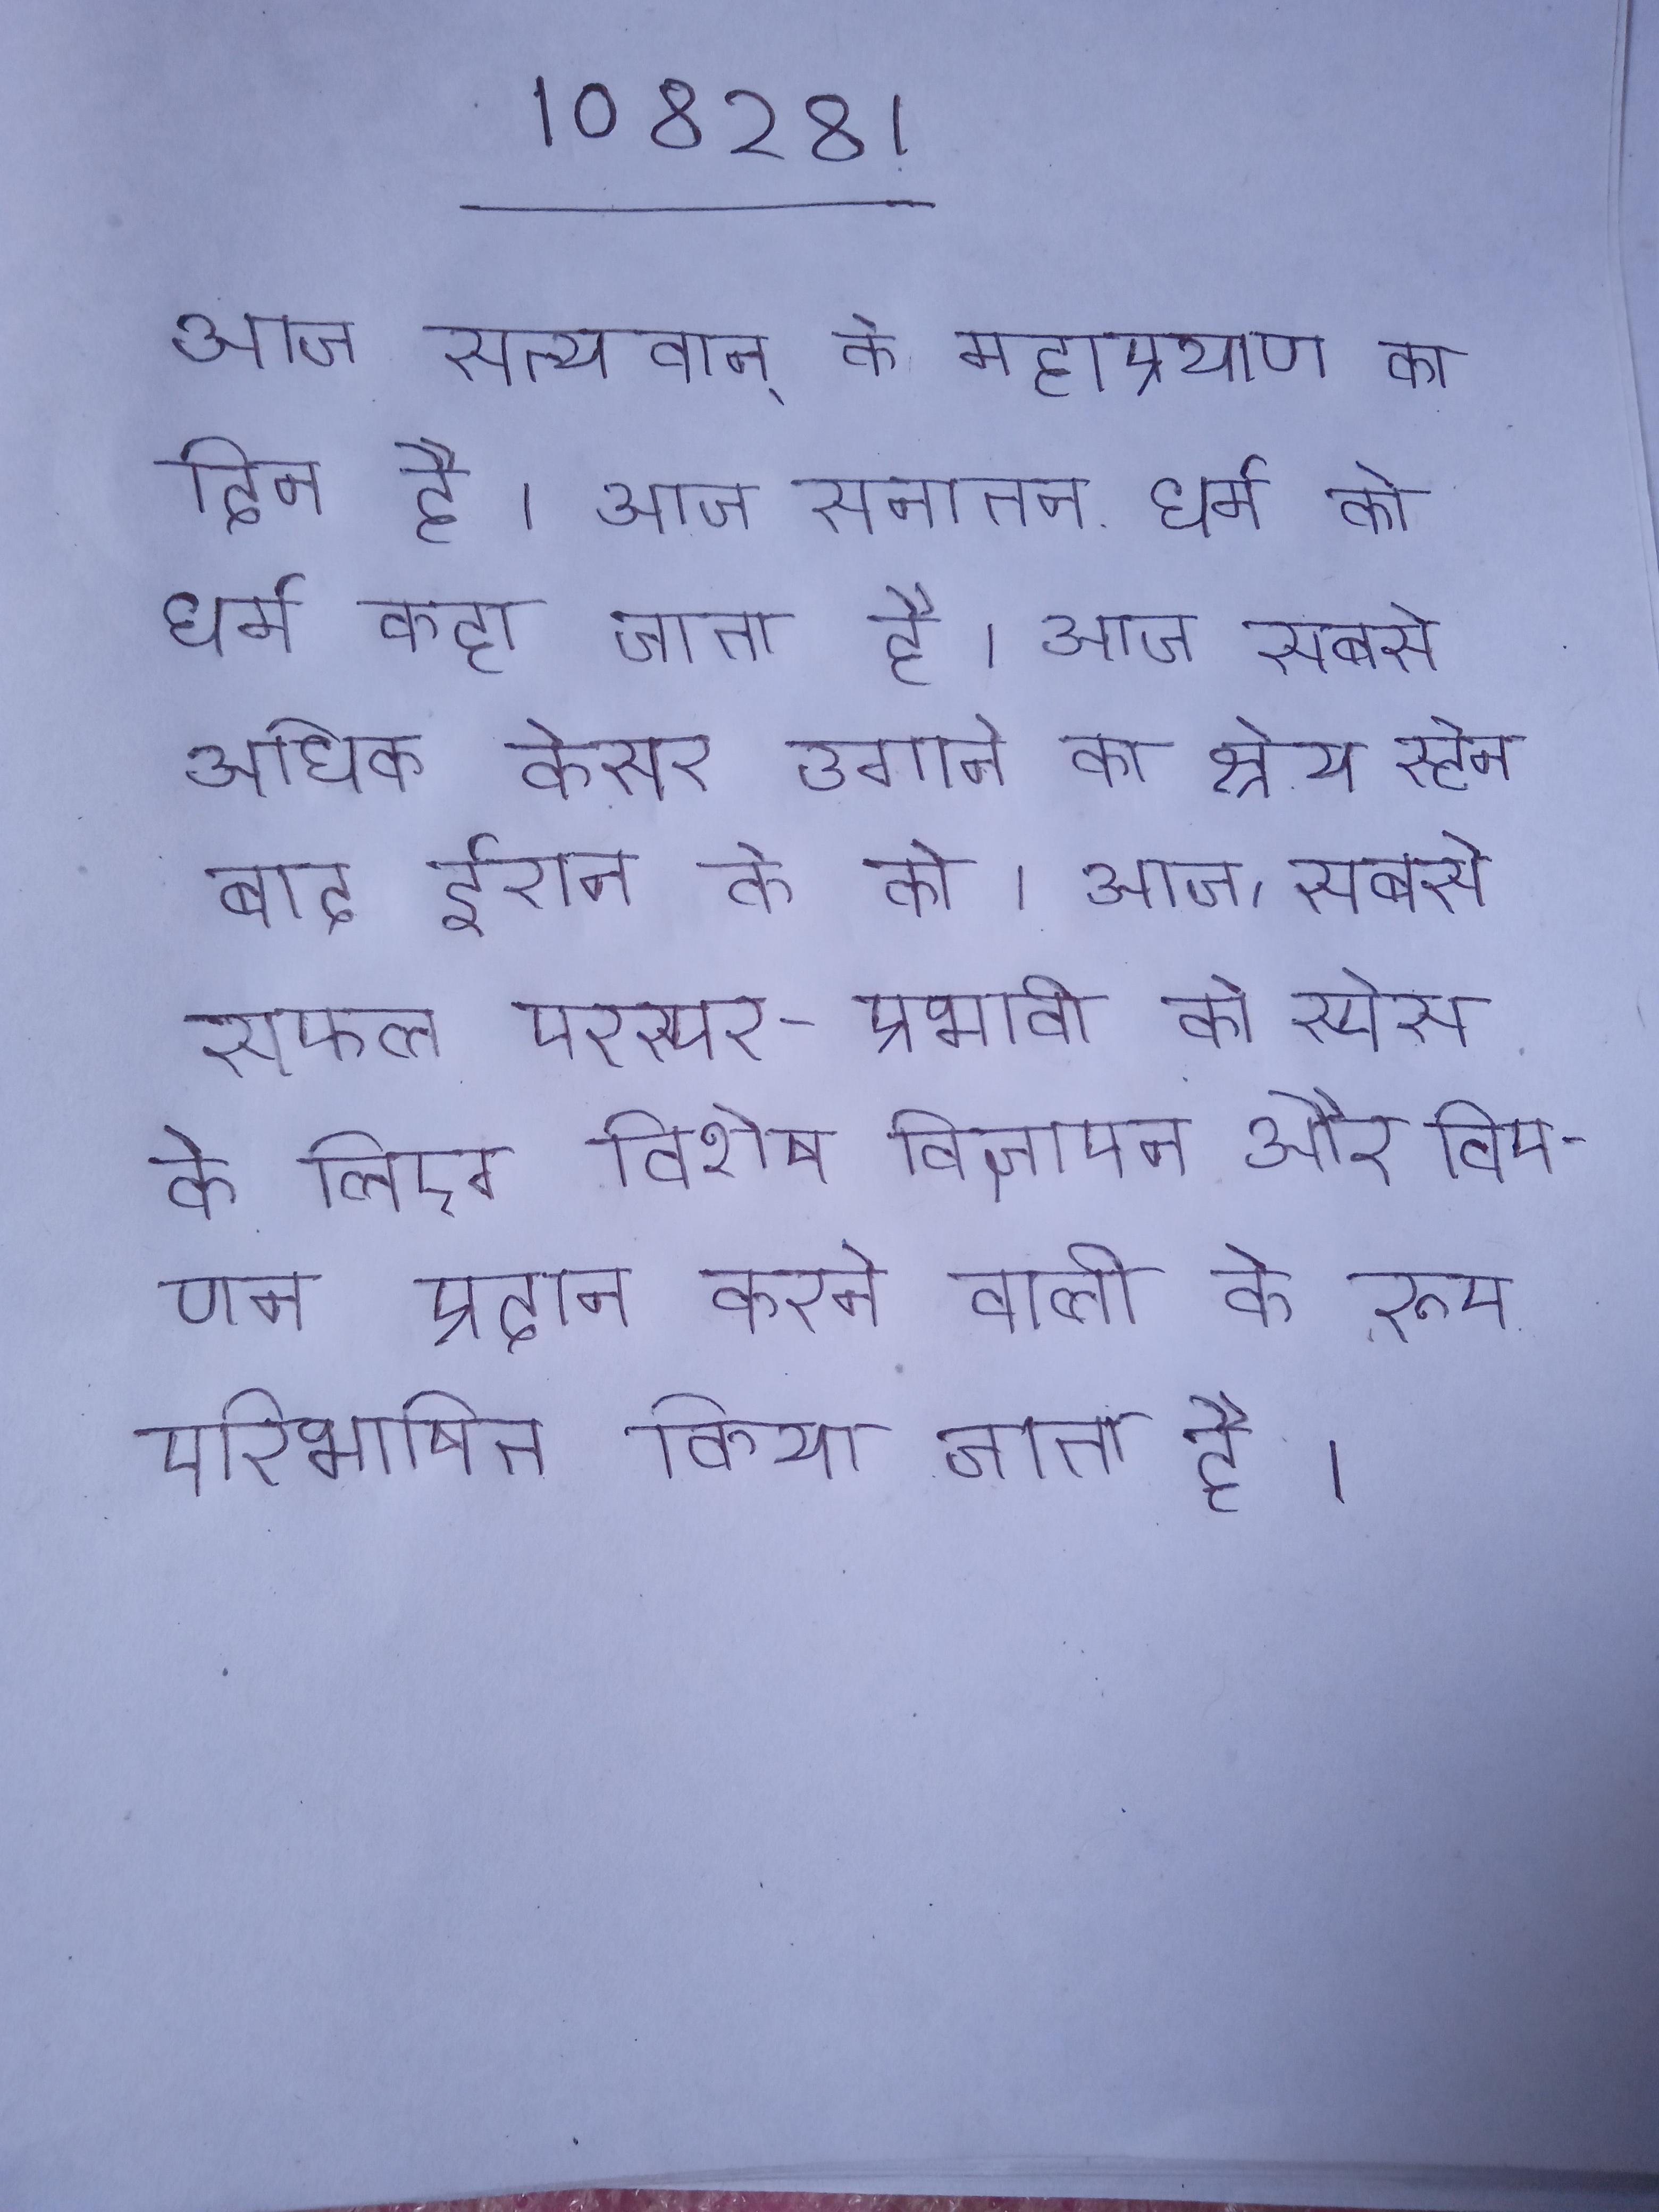
आज सत्यवान् के महाप्रयाण का दिन है । आज सनातन धर्म को धर्म कहा जाता है । आज सबसे अधिक केसर उगाने का श्रेय स्पेन को जाता है, इसके बाद ईरान को । आज, सबसे सफल परस्पर-प्रभावी को स्पेस के लिए विशेष विज्ञापन और विपणन प्रदान करने वाली के रूप परिभाषित किया जाता है ।